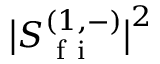
\big \lvert S _ { \mathrm { ~ f ~ i ~ } } ^ { ( 1 , - ) } \big \rvert ^ { 2 }